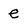
Character: e